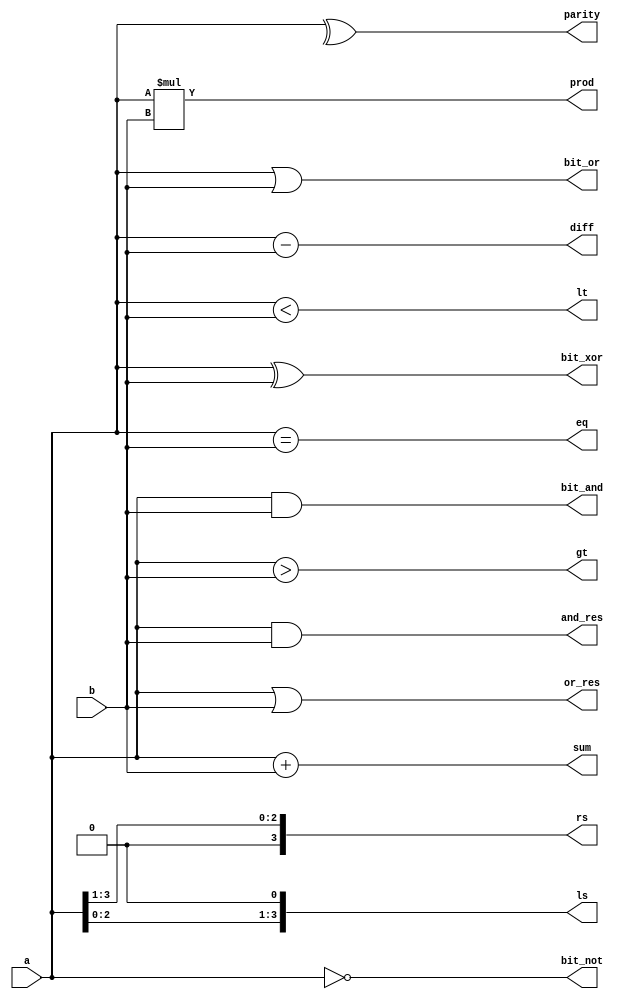
//design 
module v_oper(input [3:0]a,b,output [4:0]sum,diff,output [7:0]prod,output eq,gt,lt, and_res,or_res,parity, output [3:0]rs,ls ,bit_and,bit_or,bit_xor,bit_not);
  assign sum=a+b;
  assign diff=a-b;
  assign prod=a*b;
  assign eq=(a==b);
  assign gt=(a>b);
  assign lt=(a<b);
  assign and_res=a&&b;
  assign or_res=a||b;
  assign parity=^a;
  assign rs=a>>1;
  assign ls=a<<1;
  assign bit_and=a&b;
  assign bit_or=a|b;
  assign bit_xor=a^b;
  assign bit_not=~a;
endmodule